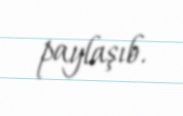
paylaşıb.